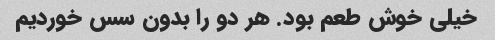
خیلی خوش طعم بود. هر دو را بدون سس خوردیم